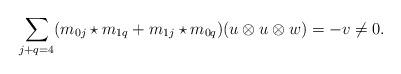
LaTeX: \begin{align*}\sum_{j+q = 4} (m_{0j} \star m_{1q}+m_{1j} \star m_{0q})(u \otimes u \otimes w) = -v \neq 0.\end{align*}